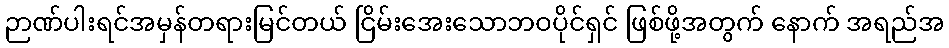
ဉာဏ်ပါးရင်အမှန်တရားမြင်တယ် ငြိမ်းအေးသောဘဝပိုင်ရှင် ဖြစ်ဖို့အတွက် နောက် အရည်အ